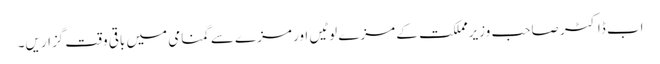
اب ڈاکٹر صاحب وزیرمملکت کے مزے لوٹیں اور مزے سے گمنامی میں باقی وقت گزاریں۔